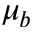
\mu _ { b }